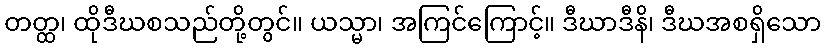
တတ္ထ၊ ထိုဒီဃစသည်တို့တွင်။ ယသ္မာ၊ အကြင်ကြောင့်။ ဒီဃာဒီနိ၊ ဒီဃအစရှိသော